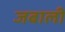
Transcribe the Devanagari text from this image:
जबाली